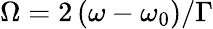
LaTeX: \Omega={2}\left(\omega-\omega_{0}\right)/\Gamma